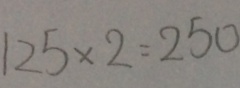
1 2 5 \times 2 = 2 5 0